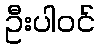
ဦးပါဝင်